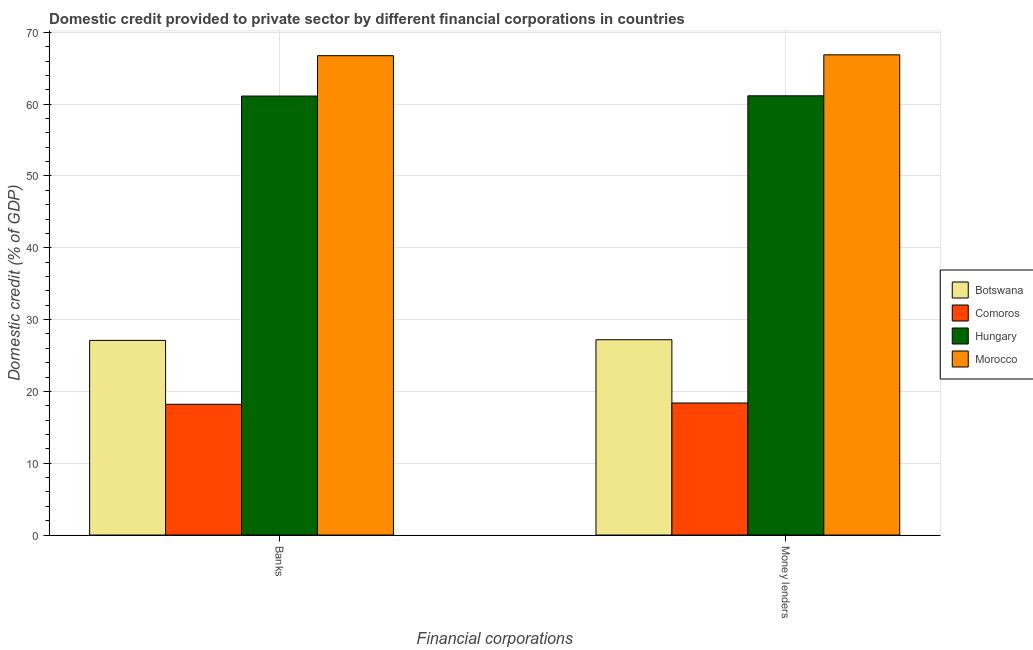
| Financial corporations | Botswana | Comoros | Hungary | Morocco |
 | --- | --- | --- | --- | --- |
 | Banks | 27.1 | 18.2 | 61.1 | 66.7 |
 | Money lenders | 27.2 | 18.4 | 61.2 | 66.9 |